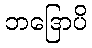
ဘဒြောပိ